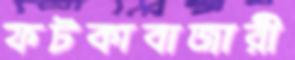
ফটকাবাজারী